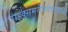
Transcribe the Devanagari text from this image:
राइक्समरीनवेर्फ्टमध्ये